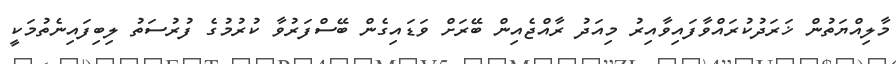
މާލިއްޔަތުން ޚަރަދުކުރައްވާފައިވާއިރު މިއަދު ރާއްޖެއިން ބޭރަށް ވަޑައިގެން ބޭސްފަރުވާ ކުރުމުގެ ފުރުސަތު ލިބިފައިނެތުމަކީ